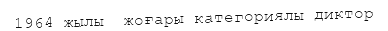
1964 жылы  жоғары категориялы диктор